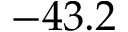
- 4 3 . 2